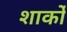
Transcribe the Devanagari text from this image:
शार्को